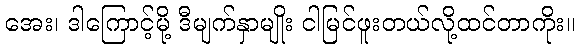
အေး၊ ဒါကြောင့်မို့ ဒီမျက်နှာမျိုး ငါမြင်ဖူးတယ်လို့ထင်တာကိုး။